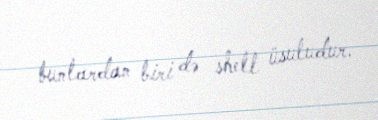
bunlardan biri də shell üsuludur.